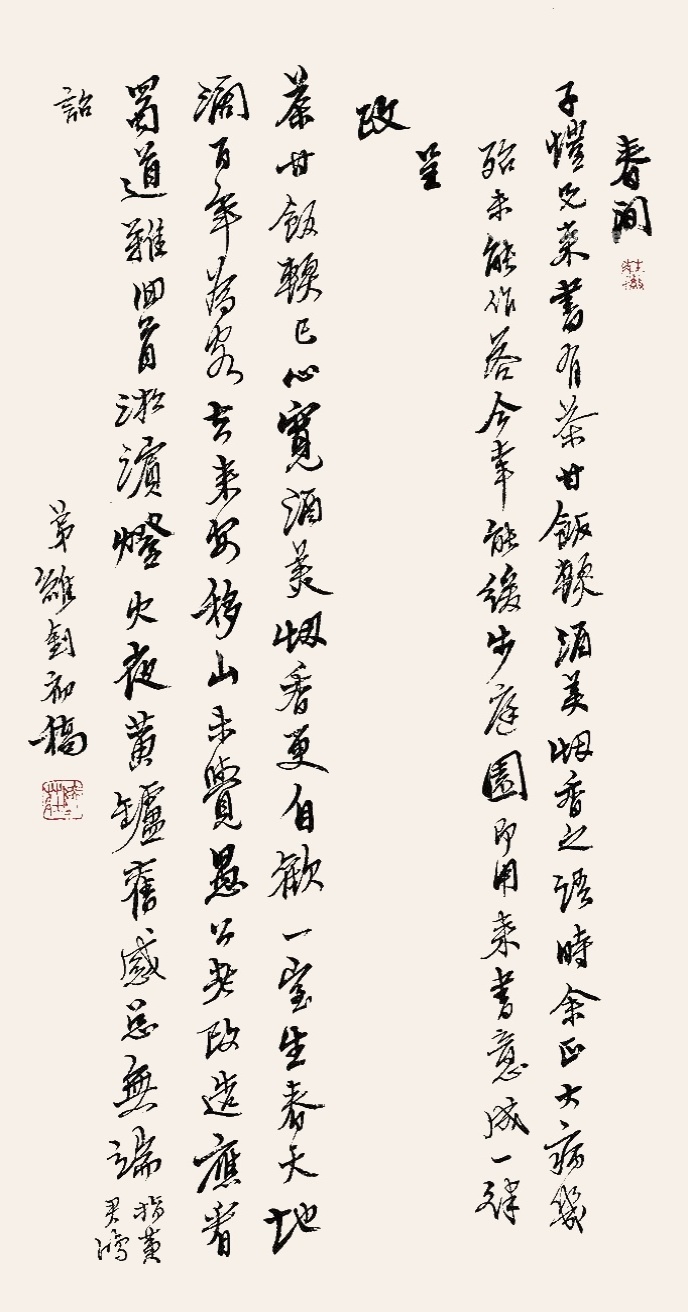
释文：春间子恺兄来，书有茶甘饭软、酒美烟香之语，时余大病几殆未能作答。今幸能缓步庭园，即用来书语成一律，呈政：茶甘饭软已心宽，酒美烟香更自欢。一室生春天地阔，百年为客去来安。移山未觉愚公老，改造应看蜀道难。回首淞滨灯火夜，黄垆旧感总无端（指黄君鸿诏）。弟维钊初稿。